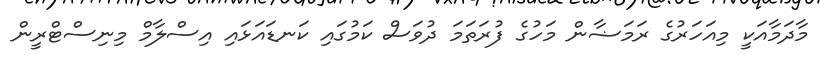
މާދަމާއަކީ މިއަހަރުގެ ރަމަޟާން މަހުގެ ފުރަތަމަ ދުވަސް ކަމުގައި ކަނޑައަޅައި އިސްލާމް މިނިސްޓްރީން